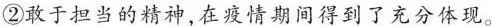
②敢于担当的精神，在疫情期间得到了充分体现。